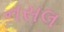
નસલ